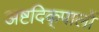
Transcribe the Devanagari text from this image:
अष्टदिक्‌पालों